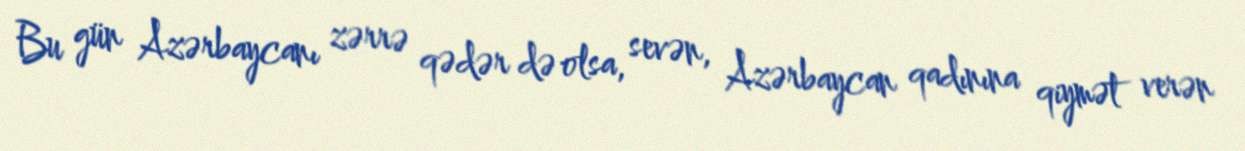
Bu gün Azərbaycanı zərrə qədər də olsa, sevən, Azərbaycan qadınına qiymət verən